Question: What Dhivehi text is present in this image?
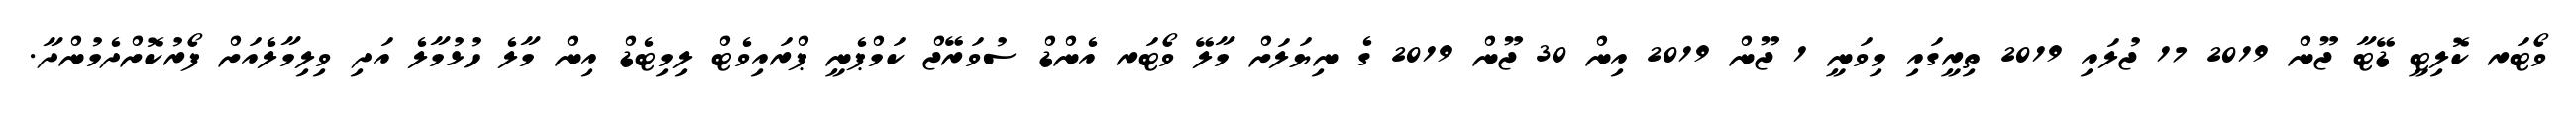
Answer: ވޯޓަރ ކޮލިޓީ ޑޭޓާ ޖޫން 2019 17 ޖުލައި 2019 ތިރީގައި މިވަނީ 1 ޖޫން 2019 އިން 30 ޖޫން 2019 ގެ ނިޔަލަށް މާލޭ ވޯޓަރ އެންޑް ސުވަރޭޖް ކަމްޕެނީ ޕްރައިވެޓް ލިމިޓެޑް އިން މާލެ ހުޅުމާލެ އަދި ވިލިމާލެއަށް ފޯރުކޮށްދެމުންދާ.